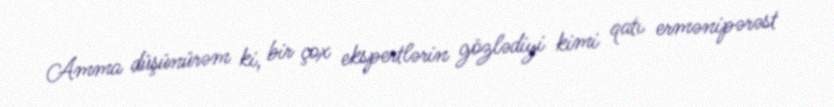
Amma düşünürəm ki, bir çox ekspertlərin gözlədiyi kimi qatı ermənipərəst